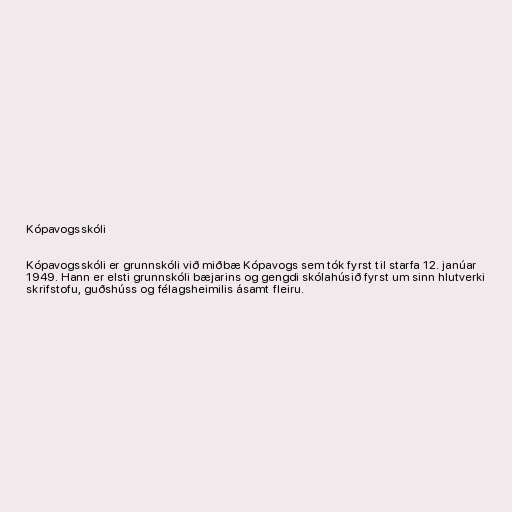
Kópavogsskóli

Kópavogsskóli er grunnskóli við miðbæ Kópavogs sem tók fyrst til starfa 12. janúar
1949. Hann er elsti grunnskóli bæjarins og gengdi skólahúsið fyrst um sinn hlutverki
skrifstofu, guðshúss og félagsheimilis ásamt fleiru.